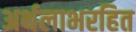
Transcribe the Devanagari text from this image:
अर्थलाभरहित